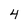
Character: 4